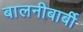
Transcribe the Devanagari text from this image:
बालनीबार्बी